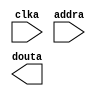
module background(
  clka,
  addra,
  douta
);

input clka;
input [16 : 0] addra;
output [11 : 0] douta;

// synthesis translate_off

  BLK_MEM_GEN_V7_3 #(
    .C_ADDRA_WIDTH(17),
    .C_ADDRB_WIDTH(17),
    .C_ALGORITHM(1),
    .C_AXI_ID_WIDTH(4),
    .C_AXI_SLAVE_TYPE(0),
    .C_AXI_TYPE(1),
    .C_BYTE_SIZE(9),
    .C_COMMON_CLK(0),
    .C_DEFAULT_DATA("0"),
    .C_DISABLE_WARN_BHV_COLL(0),
    .C_DISABLE_WARN_BHV_RANGE(0),
    .C_ENABLE_32BIT_ADDRESS(0),
    .C_FAMILY("artix7"),
    .C_HAS_AXI_ID(0),
    .C_HAS_ENA(0),
    .C_HAS_ENB(0),
    .C_HAS_INJECTERR(0),
    .C_HAS_MEM_OUTPUT_REGS_A(0),
    .C_HAS_MEM_OUTPUT_REGS_B(0),
    .C_HAS_MUX_OUTPUT_REGS_A(0),
    .C_HAS_MUX_OUTPUT_REGS_B(0),
    .C_HAS_REGCEA(0),
    .C_HAS_REGCEB(0),
    .C_HAS_RSTA(0),
    .C_HAS_RSTB(0),
    .C_HAS_SOFTECC_INPUT_REGS_A(0),
    .C_HAS_SOFTECC_OUTPUT_REGS_B(0),
    .C_INIT_FILE("BlankString"),
    .C_INIT_FILE_NAME("background.mif"),
    .C_INITA_VAL("0"),
    .C_INITB_VAL("0"),
    .C_INTERFACE_TYPE(0),
    .C_LOAD_INIT_FILE(1),
    .C_MEM_TYPE(3),
    .C_MUX_PIPELINE_STAGES(0),
    .C_PRIM_TYPE(1),
    .C_READ_DEPTH_A(76800),
    .C_READ_DEPTH_B(76800),
    .C_READ_WIDTH_A(12),
    .C_READ_WIDTH_B(12),
    .C_RST_PRIORITY_A("CE"),
    .C_RST_PRIORITY_B("CE"),
    .C_RST_TYPE("SYNC"),
    .C_RSTRAM_A(0),
    .C_RSTRAM_B(0),
    .C_SIM_COLLISION_CHECK("ALL"),
    .C_USE_BRAM_BLOCK(0),
    .C_USE_BYTE_WEA(0),
    .C_USE_BYTE_WEB(0),
    .C_USE_DEFAULT_DATA(0),
    .C_USE_ECC(0),
    .C_USE_SOFTECC(0),
    .C_WEA_WIDTH(1),
    .C_WEB_WIDTH(1),
    .C_WRITE_DEPTH_A(76800),
    .C_WRITE_DEPTH_B(76800),
    .C_WRITE_MODE_A("WRITE_FIRST"),
    .C_WRITE_MODE_B("WRITE_FIRST"),
    .C_WRITE_WIDTH_A(12),
    .C_WRITE_WIDTH_B(12),
    .C_XDEVICEFAMILY("artix7")
  )
  inst (
    .CLKA(clka),
    .ADDRA(addra),
    .DOUTA(douta),
    .RSTA(),
    .ENA(),
    .REGCEA(),
    .WEA(),
    .DINA(),
    .CLKB(),
    .RSTB(),
    .ENB(),
    .REGCEB(),
    .WEB(),
    .ADDRB(),
    .DINB(),
    .DOUTB(),
    .INJECTSBITERR(),
    .INJECTDBITERR(),
    .SBITERR(),
    .DBITERR(),
    .RDADDRECC(),
    .S_ACLK(),
    .S_ARESETN(),
    .S_AXI_AWID(),
    .S_AXI_AWADDR(),
    .S_AXI_AWLEN(),
    .S_AXI_AWSIZE(),
    .S_AXI_AWBURST(),
    .S_AXI_AWVALID(),
    .S_AXI_AWREADY(),
    .S_AXI_WDATA(),
    .S_AXI_WSTRB(),
    .S_AXI_WLAST(),
    .S_AXI_WVALID(),
    .S_AXI_WREADY(),
    .S_AXI_BID(),
    .S_AXI_BRESP(),
    .S_AXI_BVALID(),
    .S_AXI_BREADY(),
    .S_AXI_ARID(),
    .S_AXI_ARADDR(),
    .S_AXI_ARLEN(),
    .S_AXI_ARSIZE(),
    .S_AXI_ARBURST(),
    .S_AXI_ARVALID(),
    .S_AXI_ARREADY(),
    .S_AXI_RID(),
    .S_AXI_RDATA(),
    .S_AXI_RRESP(),
    .S_AXI_RLAST(),
    .S_AXI_RVALID(),
    .S_AXI_RREADY(),
    .S_AXI_INJECTSBITERR(),
    .S_AXI_INJECTDBITERR(),
    .S_AXI_SBITERR(),
    .S_AXI_DBITERR(),
    .S_AXI_RDADDRECC()
  );

// synthesis translate_on

endmodule